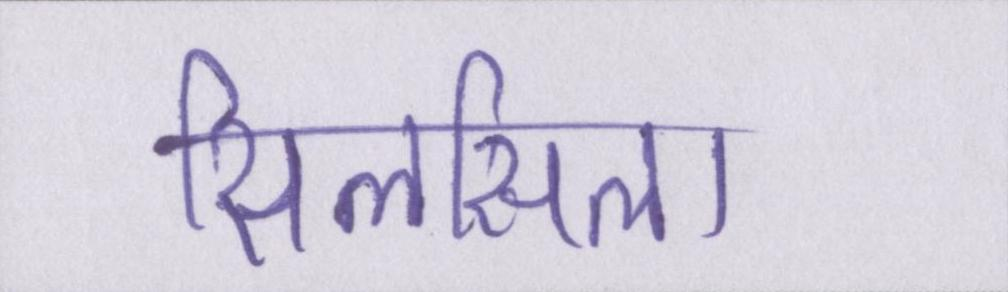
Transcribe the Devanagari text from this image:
सिलसिला